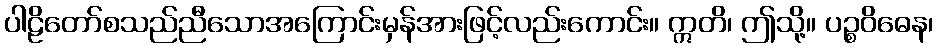
ပါဠိတော်စသည်ညီသောအကြောင်းမှန်အားဖြင့်လည်းကောင်း။ ဣတိ၊ ဤသို့။ ပဉ္စဝိဓေန၊